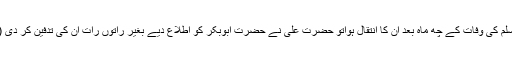
نبی صلی ﷲ علیہ وسلم کی وفات کے چھ ماہ بعد ان کا انتقال ہواتو حضرت علی نے حضرت ابوبکر کو اطلاع دیے بغیر راتوں رات ان کی تدفین کر دی (بخاری، رقم ۴۲۴۰۔